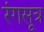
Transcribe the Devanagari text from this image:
रंगसूत्र